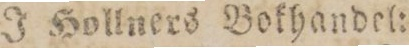
J Hollners Bokhandel: